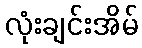
လုံးချင်းအိမ်